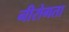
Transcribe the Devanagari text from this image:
नीरोगता